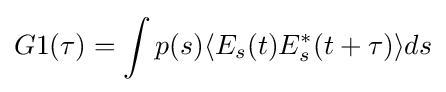
G1(\tau )=\int p(s)\langle E_{s}(t)E_{s}^{*}(t+\tau )\rangle ds